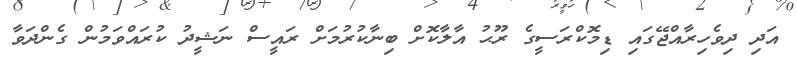
އަދި ދިވެހިރާއްޖޭގައި ޑިމޮކްރަސީގެ ރޫޙު އާލާކޮށް ބިނާކުރުމަށް ރައީސް ނަޝީދު ކުރައްވަމުން ގެންދަވާ